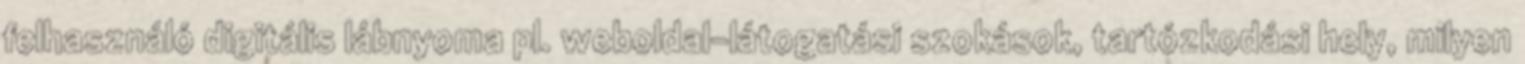
felhasználó digitális lábnyoma pl. weboldal-látogatási szokások, tartózkodási hely, milyen